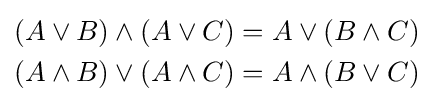
{\begin{aligned}(A\vee B)\wedge (A\vee C)&=A\vee (B\wedge C)\\(A\wedge B)\vee (A\wedge C)&=A\wedge (B\vee C)\end{aligned}}